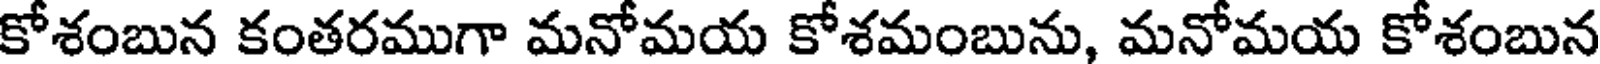
కోశంబున కంతరముగా మనోమయ కోశమంబును, మనోమయ కోశంబున